Lunatic asylums in Bengal annual reports 1912-1924 - 1912-1924
Year: 1912
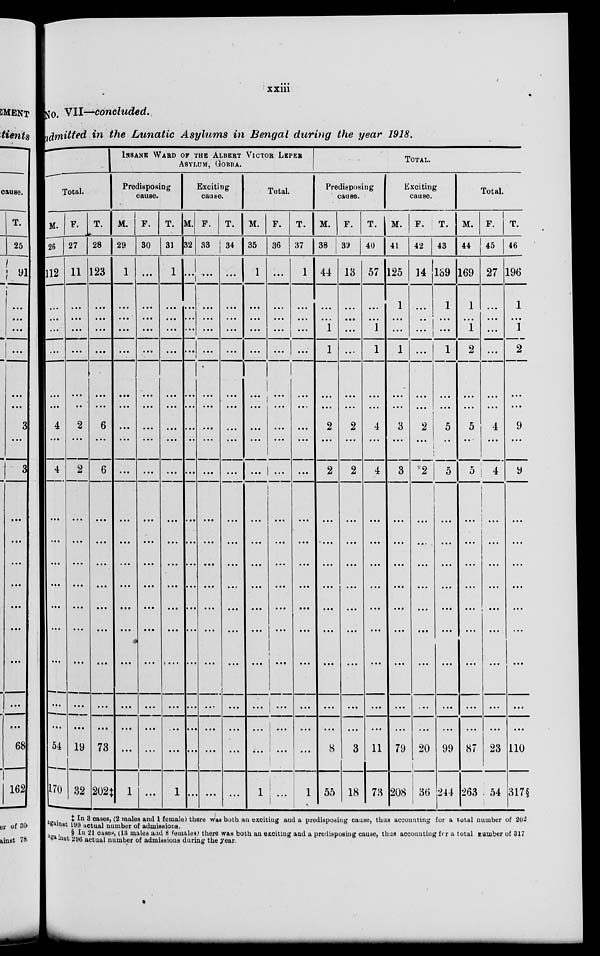
xxiii
No. VII—concluded.
admitted in the Lunatic Asylums in Bengal during the year 1918.
Total.
M.
26
112
...
...
...
...
...
...
4
...
4
...
...
...
...
...
...
...
...
...
54
170
F.
27
11
...
...
...
...
...
...
2
...
2
...
...
...
...
...
...
...
...
...
19
32
T.
28
123
...
...
...
...
...
...
6
...
6
...
...
...
...
...
...
...
...
...
73
202‡
INSANE WARD OF THE ALBERT VlCTOB LEPER
ASYLUM, GOBRA.
Predisposing
cause.
M.
29
1
...
...
...
...
...
...
...
...
...
...
...
...
...
...
...
...
...
...
...
1
F.
30
...
...
...
...
...
...
...
...
...
...
...
...
...
...
...
...
...
...
...
...
...
T.
31
1
...
...
...
...
...
...
...
...
...
...
...
...
...
...
...
...
...
...
...
1
Exciting
cause.
M.
32
...
...
...
...
...
...
...
...
...
...
...
...
...
...
...
...
...
...
...
...
...
F.
33
...
...
...
...
...
...
...
...
...
...
...
...
...
...
...
...
...
...
...
...
...
T.
34
...
...
...
...
...
...
...
...
...
...
...
...
...
...
...
...
...
...
...
...
...
Total.
M.
35
1
...
...
...
...
...
...
...
...
...
...
...
...
...
...
...
...
...
...
...
1
F.
36
...
...
...
...
...
...
...
...
...
...
...
...
...
...
...
...
...
...
...
...
...
T.
37
1
...
...
...
...
...
...
...
...
...
...
...
...
...
...
...
...
...
...
...
1
TOTAL.
Predisposing
cause.
M.
38
44
...
...
1
1
...
...
2
...
2
...
... ...
...
...
...
...
...
...
...
8
55
F.
39
13
...
...
...
...
...
...
2
...
2
...
...
...
...
...
...
...
...
...
3
18
T.
40
57
...
...
1
1
...
...
4
...
4
...
...
...
...
...
...
...
...
...
11
73
Exciting
cause.
M.
41
125
1
...
...
1
...
...
3
...
3
...
...
...
...
...
...
...
...
...
79
208
F.
42
14
...
...
...
...
...
...
2
...
2
...
...
...
...
...
...
...
...
...
20
36
T.
43
139
1
...
...
1
...
...
5
...
5
...
...
...
...
...
...
...
...
...
99
244
Total.
M.
44
169
1
...
1
2
...
...
5
...
5
...
...
...
...
...
...
...
...
...
87
263
F.
45
27
...
...
...
...
...
...
4
...
4
...
...
...
...
...
...
...
...
...
23
54
T.
46
196
1
...
1
2
...
...
9
...
9
...
...
...
...
...
...
...
...
...
110
317§
‡ In 8 cases, (2 males and 1 female) there was both an exciting and a predisposing cause, thus accounting for a total number of 202
against 199 actual number of admissions.
§ In 21 cases, (13 males and 8 females) there was both an exciting and a predisposing cause, thus accounting for a total number of 317
against 296 actual number of admissions during the year.